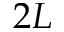
2 L